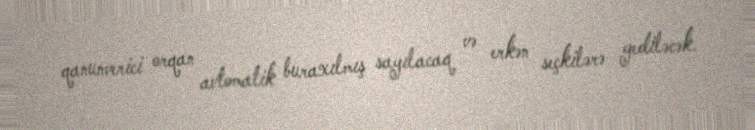
qanunverici orqan avtomatik buraxılmış sayılacaq və erkən seçkilərə gediləcək.